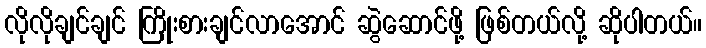
လိုလိုချင်ချင် ကြိုးစားချင်လာအောင် ဆွဲဆောင်ဖို့ ဖြစ်တယ်လို့ ဆိုပါတယ်။